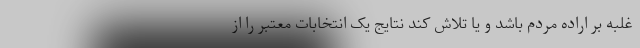
غلبه بر اراده مردم باشد و یا تلاش كند نتایج یک انتخابات معتبر را از